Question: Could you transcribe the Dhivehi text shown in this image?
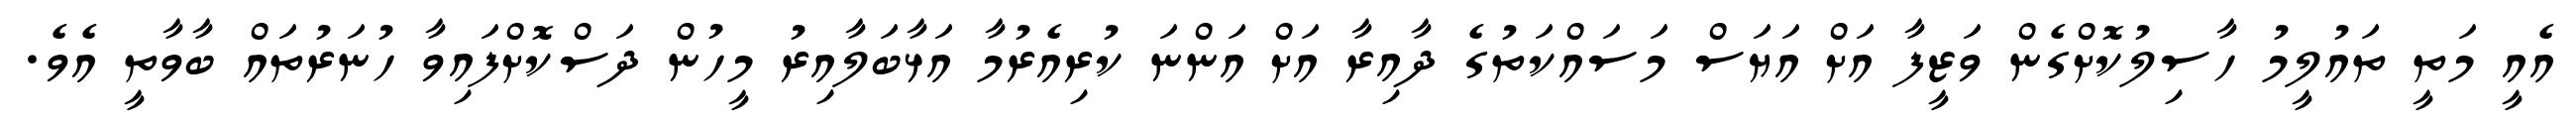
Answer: އެއީ މަތީ ތައުލީމު ހާސިލުކޮށްގެން ވަޒީފާ އަށް އަޔަސް މަސައްކަތުގެ ދާއިރާ އަށް އަންނަ ކުރިއެރުމާ އަޅާބަލާއިރު މީހުން ދަސްކޮށްފައިވާ ހުނަރުތައް ބާވާތީ އެވެ.